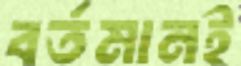
বর্তমানই